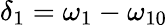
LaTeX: \delta_{1}=\omega_{1}-\omega_{10}